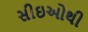
સીઇઓથી